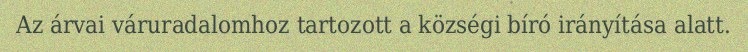
Az árvai váruradalomhoz tartozott a községi bíró irányítása alatt.